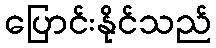
ပြောင်းနိုင်သည်